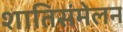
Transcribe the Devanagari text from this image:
शातिसंमेलन